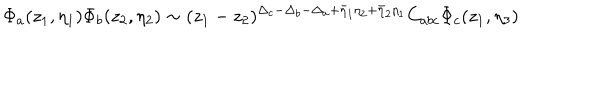
\Phi _ { a } ( z _ { 1 } , \eta _ { 1 } ) \Phi _ { b } ( z _ { 2 } , \eta _ { 2 } ) \sim ( z _ { 1 } - z _ { 2 } ) ^ { \Delta _ { c } - \Delta _ { b } - \Delta _ { a } + \bar { \eta } _ { 1 } \eta _ { 2 } + \bar { \eta } _ { 2 } \eta _ { 1 } } C _ { a b c } \Phi _ { c } ( z _ { 1 } , \eta _ { 3 } )